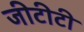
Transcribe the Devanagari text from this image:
जीटीटी